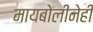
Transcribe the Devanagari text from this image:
मायबोलीनेही